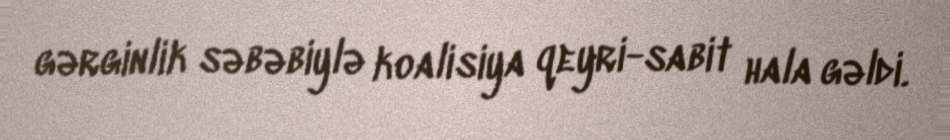
gərginlik səbəbiylə koalisiya qeyri-sabit hala gəldi.